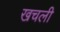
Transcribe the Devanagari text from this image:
खचली